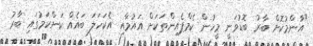
"އާންމުކޮށް ބާރު ބޮޑުވަނީ މީހުން ކެމްޕެއިންތަކަށް އައުމާއި އެކަހަލަ ބައެއް ކަންކަމުގައި ބާރު